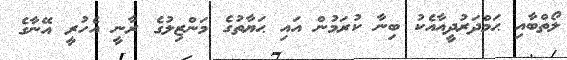
ލޯތްބާއި ޙަމްދަރުދީއާއެކު ބިނާ ކުރަމުން އައި ޙަޔާތުގެ މަންޒިލުގެ ރާނީ އެހުރީ އޭނާގެ